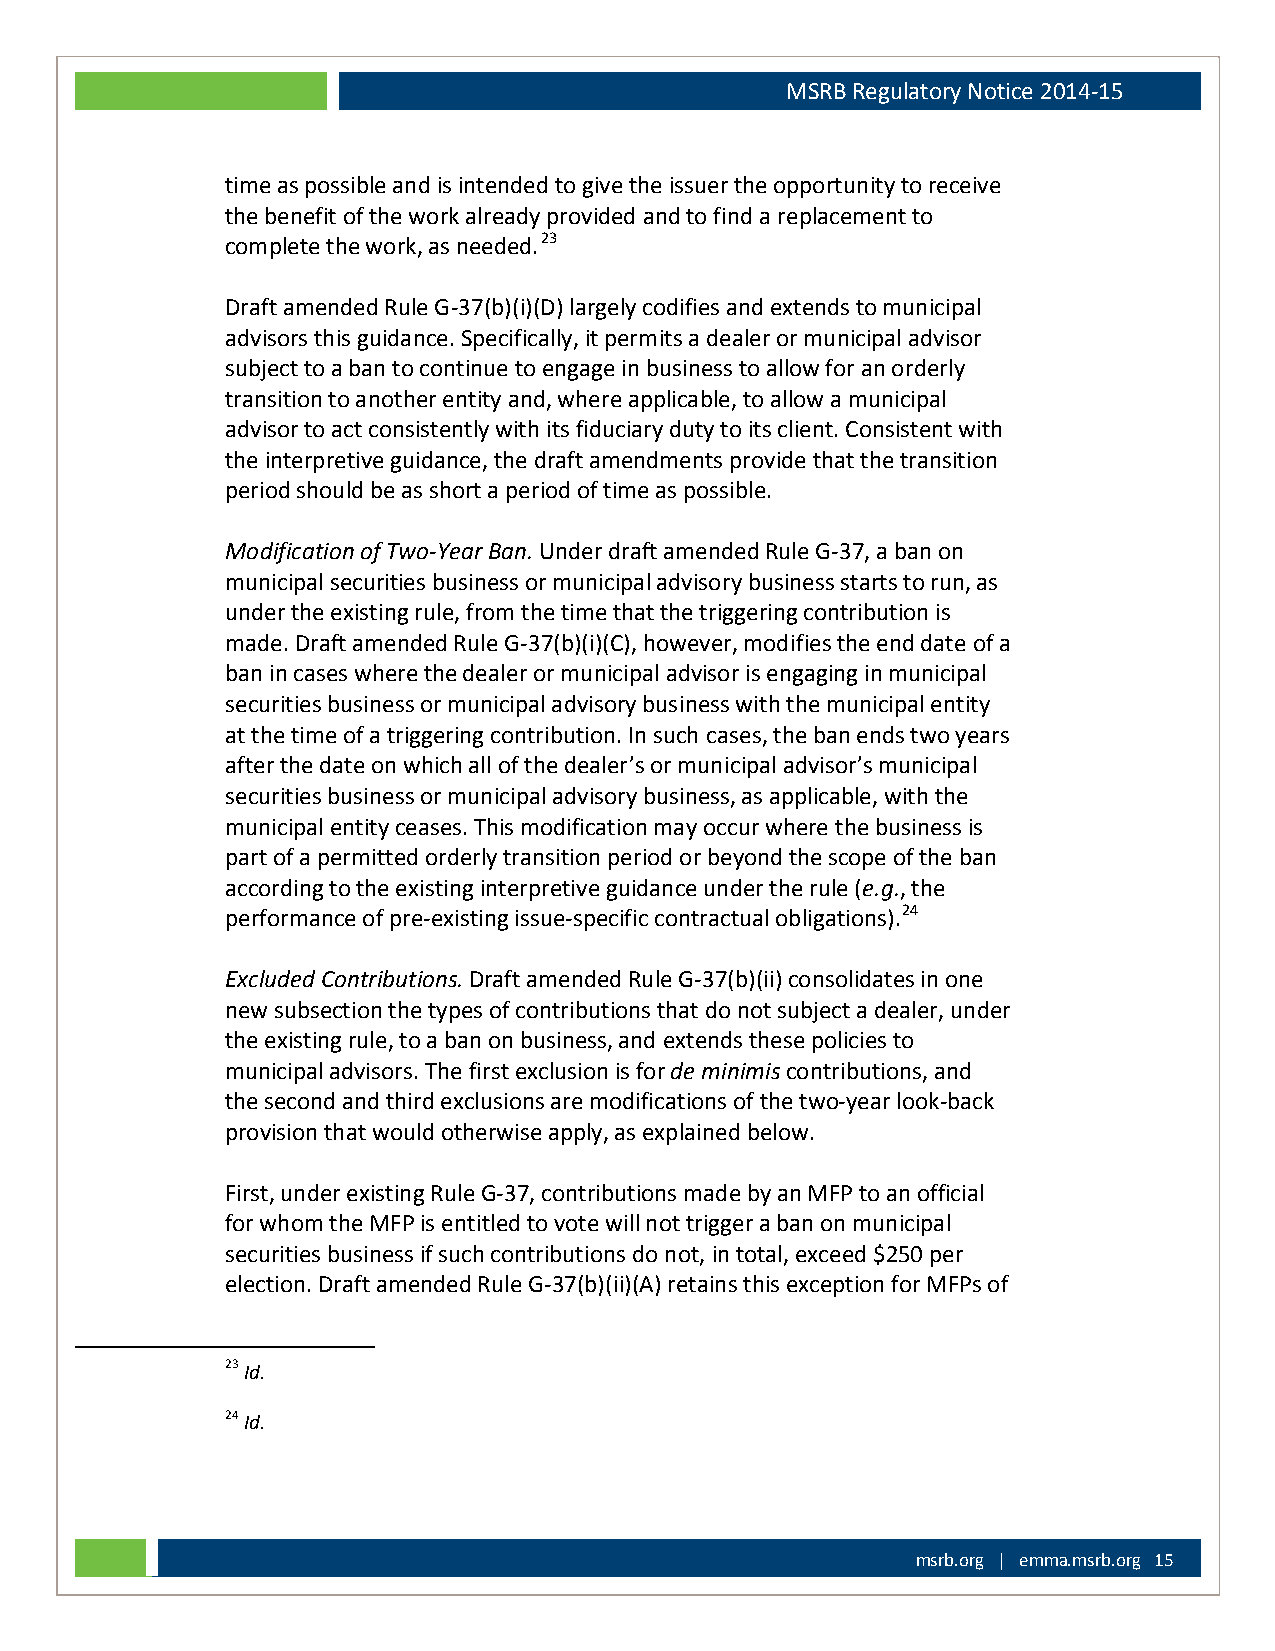
MSRB Regulatory Notice 2014-15
 time as possible and is intended to give the issuer the opportunity to receive
 the benefit of the work already provided and to find a replacement to
 complete the work, as needed.23
 Draft amended Rule G-37(b)(i)(D) largely codifies and extends to municipal
 advisors this guidance. Specifically, it permits a dealer or municipal advisor
 subject to a ban to continue to engage in business to allow for an orderly
 transition to another entity and, where applicable, to allow a municipal
 advisor to act consistently with its fiduciary duty to its client. Consistent with
 the interpretive guidance, the draft amendments provide that the transition
 period should be as short a period of time as possible.
 Modification of Two-Year Ban. Under draft amended Rule G-37, a ban on
 municipal securities business or municipal advisory business starts to run, as
 under the existing rule, from the time that the triggering contribution is
 made. Draft amended Rule G-37(b)(i)(C), however, modifies the end date of a
 ban in cases where the dealer or municipal advisor is engaging in municipal
 securities business or municipal advisory business with the municipal entity
 at the time of a triggering contribution. In such cases, the ban ends two years
 after the date on which all of the dealer’s or municipal advisor’s municipal
 securities business or municipal advisory business, as applicable, with the
 municipal entity ceases. This modification may occur where the business is
 part of a permitted orderly transition period or beyond the scope of the ban
 according to the existing interpretive guidance under the rule (e.g., the
 performance of pre-existing issue-specific contractual obligations).24
 Excluded Contributions. Draft amended Rule G-37(b)(ii) consolidates in one
 new subsection the types of contributions that do not subject a dealer, under
 the existing rule, to a ban on business, and extends these policies to
 municipal advisors. The first exclusion is for de minimis contributions, and
 the second and third exclusions are modifications of the two-year look-back
 provision that would otherwise apply, as explained below.
 First, under existing Rule G-37, contributions made by an MFP to an official
 for whom the MFP is entitled to vote will not trigger a ban on municipal
 securities business if such contributions do not, in total, exceed $250 per
 election. Draft amended Rule G-37(b)(ii)(A) retains this exception for MFPs of
 23 Id.
 24 Id.
 msrb.org | emma.msrb.org 15